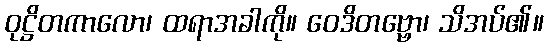
ဝုဋ္ဌိတကာလော၊ ထရာအခါကို။ ဝေဒိတဗ္ဗော၊ သိအပ်၏။